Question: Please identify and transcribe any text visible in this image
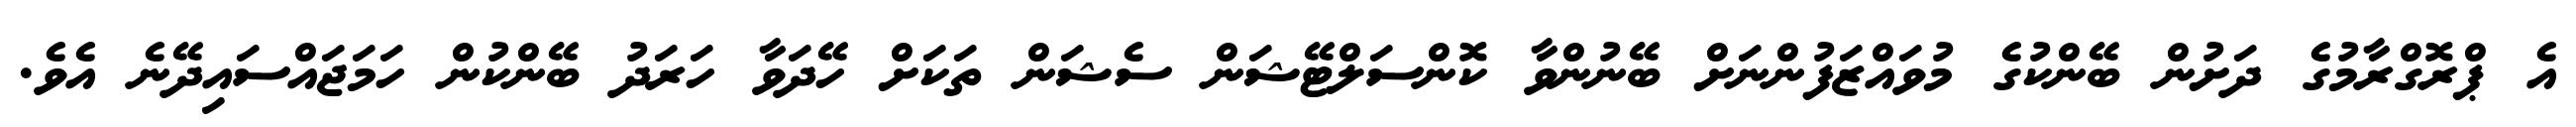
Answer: އެ ޕްރޮގްރާމުގެ ދަށުން ބޭންކުގެ މުވައްޒަފުންނަށް ބޭނުންވާ ކޮންސަލްޓޭޝަން ސެޝަން ތަކަށް ހޭދަވާ ހަރަދު ބޭންކުން ހަމަޖައްސައިދޭނެ އެވެ.